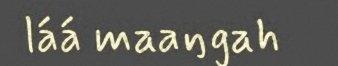
láá maaŋgah